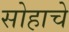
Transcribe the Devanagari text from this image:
सोहाचे